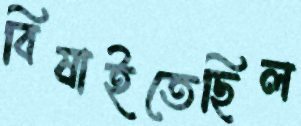
বিষাইতেছিল